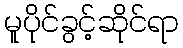
မူပိုင်ခွင့်ဆိုင်ရာ